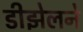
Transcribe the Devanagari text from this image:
डीझेलने